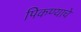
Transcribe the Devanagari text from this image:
पिकण्याचे